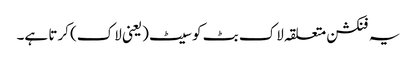
یہ فنکشن متعلقہ لاک بٹ کو سیٹ (یعنی لاک) کرتا ہے۔